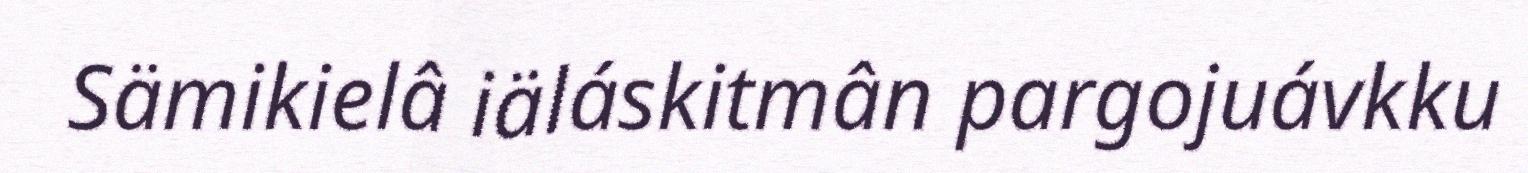
Sämikielâ iäláskitmân pargojuávkku